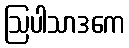
ဩပါသာဒကေ